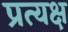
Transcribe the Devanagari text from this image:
प्रत्यक्ष